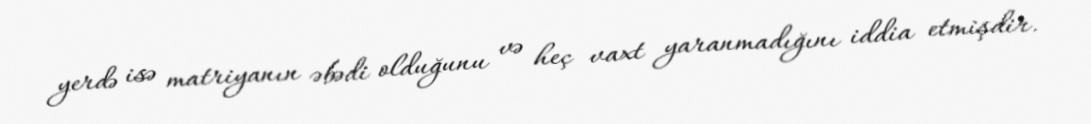
yerdə isə matriyanın əbədi olduğunu və heç vaxt yaranmadığını iddia etmişdir.